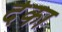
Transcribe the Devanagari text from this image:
देका